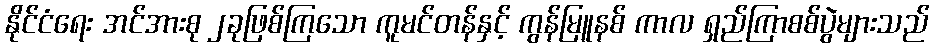
နိုင်ငံရေး အင်အားစု ၂ခုဖြစ်ကြသော ကူမင်တန်နှင့် ကွန်မြူနစ် ကာလ ရှည်ကြာစစ်ပွဲများသည်